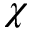
\chi